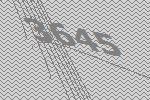
3645